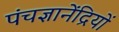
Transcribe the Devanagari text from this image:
पंचज्ञानेंद्रियों